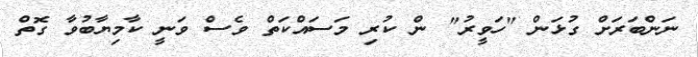
ނަންބަރަށް ގުޅަން "ހަވީރު" ން ކުރި މަސައްކަތް ވެސް ވަނީ ކާމިޔާބުވާ ގޮތް